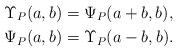
LaTeX: \begin{align*}\Upsilon_P(a,b) & = \Psi_P(a + b, b), \\\Psi_P(a, b) & =\Upsilon_P(a - b,b).\end{align*}